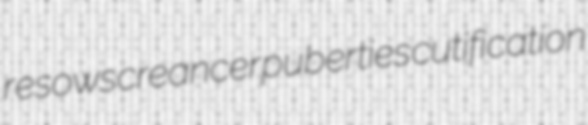
resows creancer puberties cutification